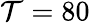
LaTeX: \mathcal{T}=80